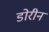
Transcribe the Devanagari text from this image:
डोरीन